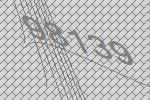
98139